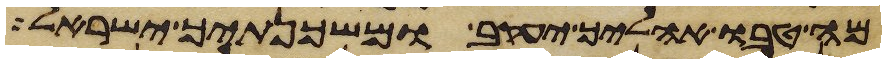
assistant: מה טבו אהליך יעקב ומשכנתיך ישראל